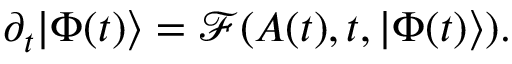
\partial _ { t } | \Phi ( t ) \rangle = \mathcal { F } ( A ( t ) , t , | \Phi ( t ) \rangle ) .